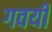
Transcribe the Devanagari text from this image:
गवयी